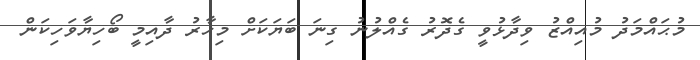
މުޙައްމަދު މުއިއްޒު ވިދާޅުވީ ގެދޮރު ގެއްލުނު ގިނަ ބަޔަކަށް މިހާރު ދާއިމީ ބޯހިޔާވަހިކަން